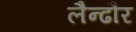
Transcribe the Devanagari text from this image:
लैन्ढौर